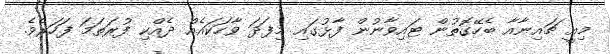
މިއީ ޗައިނާއާ ބެހޭގޮތުން ޓައިވާނުން ފާޅުގައި މިފަދަ ވާހަކައެއް ދެއްކި ފުރަތަމަ ފަހަރެވެ.